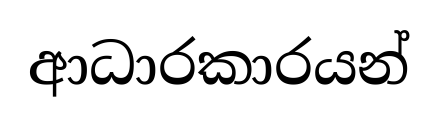
ආධාරකාරයන්